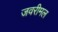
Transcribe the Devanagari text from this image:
जवरीमल